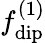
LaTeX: f_{\mathrm{dip}}^{(1)}